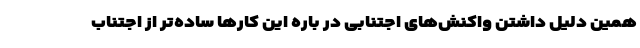
همین دلیل داشتن واکنش‌های اجتنابی در باره این کارها ساده‌تر از اجتناب